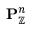
\mathbf { P } _ { \mathbb { Z } } ^ { n }